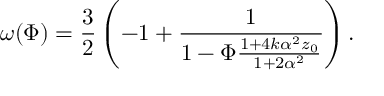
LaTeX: \omega ( \Phi ) = \frac { 3 } { 2 } \left( - 1 + \frac { 1 } { 1 - \Phi \frac { 1 + 4 k \alpha ^ { 2 } z _ { 0 } } { 1 + 2 \alpha ^ { 2 } } } \right) .